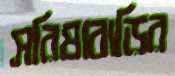
সরিষাবাড়ির